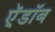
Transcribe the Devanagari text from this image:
ऍ़डॉब